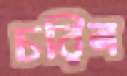
চরিল